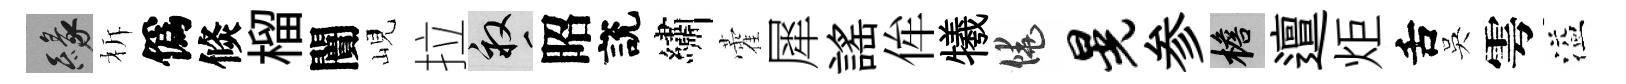
緣柝僞倐榴闠峴拉畝昭說繡藿犀謡侔犧饒晃参檐邅炬舌吳雩溢